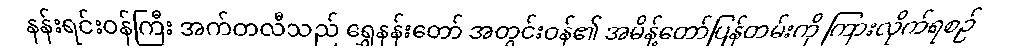
နန်းရင်းဝန်ကြီး အက်တလီသည် ရွှေနန်းတော် အတွင်းဝန်၏ အမိန့်တော်ပြန်တမ်းကို ကြားလိုက်ရစဉ်